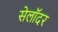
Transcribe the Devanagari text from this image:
सेलॉदर